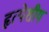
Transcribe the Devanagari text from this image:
हृत्पेशीय